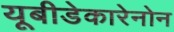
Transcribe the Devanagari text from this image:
यूबीडेकारेनोन